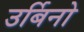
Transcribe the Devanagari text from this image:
उर्बिनो